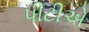
પીટીએ